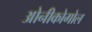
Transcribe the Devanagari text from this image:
ओनीकोगोल